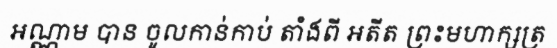
អណ្ណាម បាន ចូលកាន់កាប់ តាំងពី អតីត ព្រះមហាក្សត្រ